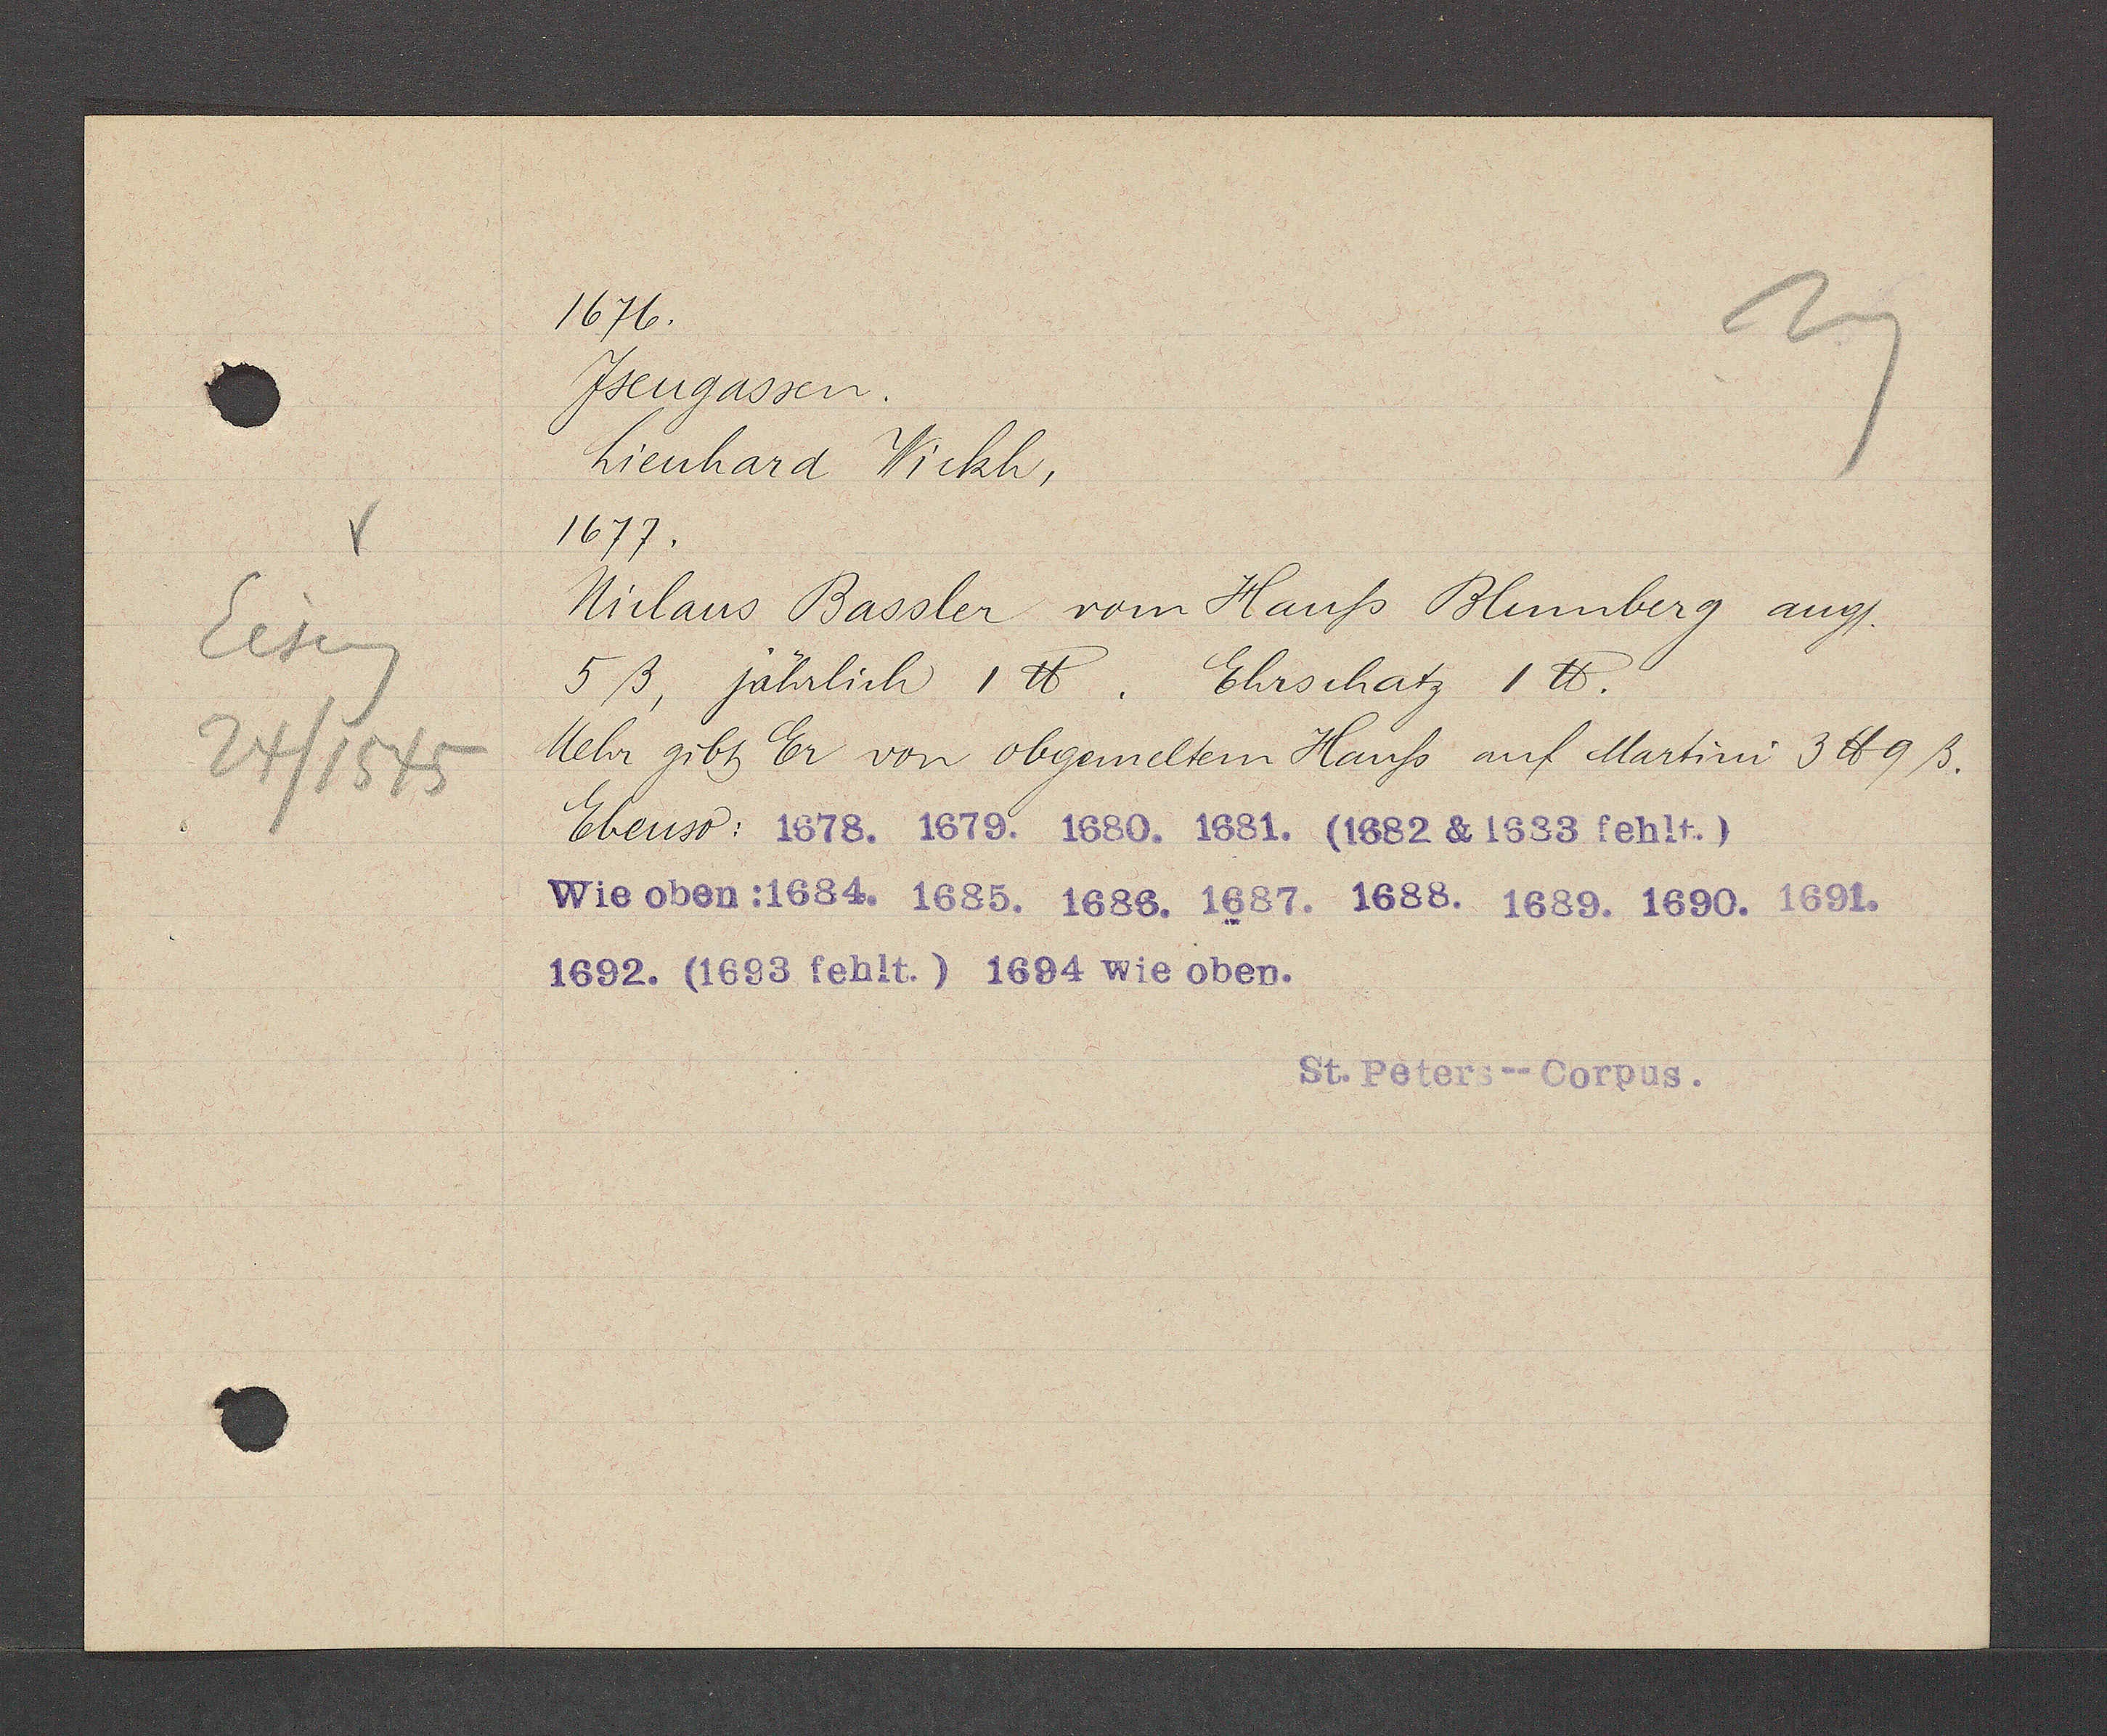
Transcript:
Eiseng
24/1545

1676.
Jsengassen.
Lienhard Wickh,
1677.
Niclaus Bassler vom Hauß Blumberg ang/.
5 ß, Jährlich 1 ℔. Ehrschatz 1 ℔.
Mehr gibt Er von obgemeltem Hauß auf Martini 3 ℔ 9ß.
Ebenso: